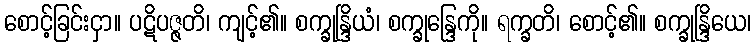
စောင့်ခြင်းငှာ။ ပဋိပဇ္ဇတိ၊ ကျင့်၏။ စက္ခုန္ဒြိယံ၊ စက္ခုန္ဒြေကို။ ရက္ခတိ၊ စောင့်၏။ စက္ခုန္ဒြိယေ၊